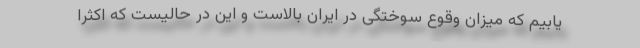
‌یابیم که میزان وقوع سوختگی در ایران بالاست و این در حالیست که اکثرا